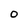
Character: 0